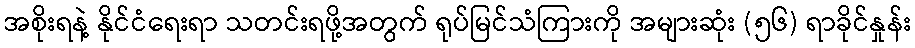
အစိုးရနဲ့ နိုင်ငံရေးရာ သတင်းရဖို့အတွက် ရုပ်မြင်သံကြားကို အများဆုံး (၅၆) ရာခိုင်နှုန်း